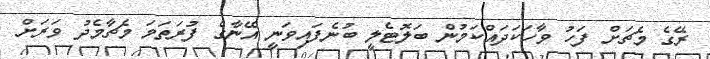
ރޭގެ މެޗަށް ފަހު ވާހަކަދައްކަމުން ބަލޮޓެލީ ބުނެފައިވަނީ އޭނާގެ ފުރަތަމަ މެޗާމެދު ވަރަށް